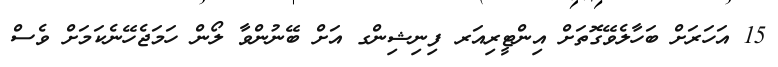
15 އަހަރަށް ބަހާލެވޭގޮތަށް އިންޓީރިއަރ ފިނިޝިންގ އަށް ބޭނުންވާ ލޯން ހަމަޖެހޭނެކަމަށް ވެސް